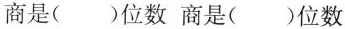
商是()位数商是()位数